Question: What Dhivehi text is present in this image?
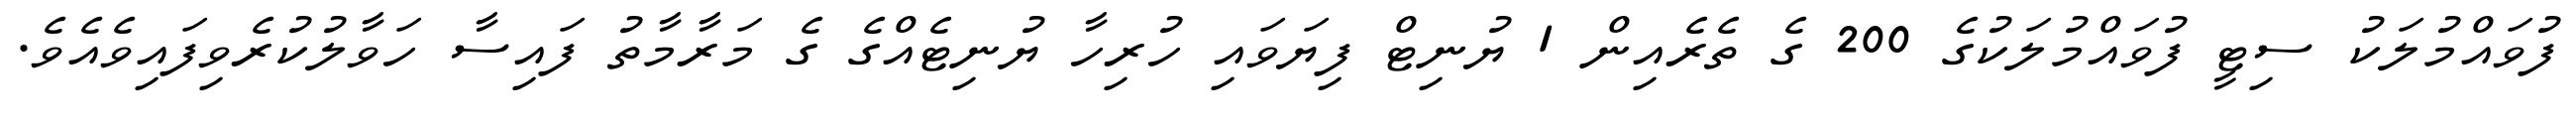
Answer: ފުވައްމުލަކު ސިޓީ ފުވައްމުލަކުގެ 200 ގެ ތެރެއިން 1 ޔުނިޓް ފިޔަވައި ހުރިހާ ޔުނިޓެއްގެ ގެ މަރާމާތު ފައިސާ ހަވާލުކުރެވިފައިވެއެވެ.